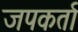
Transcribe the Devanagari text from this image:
जपकर्ता